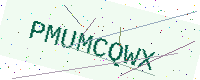
Text: PMUMCQWX